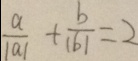
\frac { a } { \vert a \vert } + \frac { b } { \vert b \vert } = 2